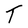
Character: T